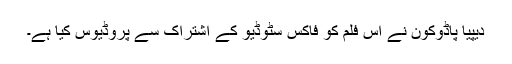
دیپیا پاڈوکون نے اس فلم کو فاکس سٹوڈیو کے اشتراک سے پروڈیوس کیا ہے۔